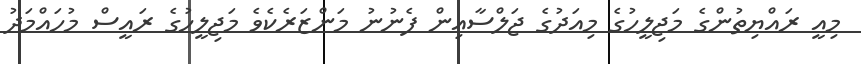
މިއީ ރައްޔިތުންގެ މަޖިލީހުގެ މިއަދުގެ ޖަލްސާއިން ފެނުނު މަންޒަރެެކެވެ މަޖިލީހުގެ ރައީސް މުހައްމަދު